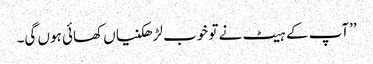
’’آپ کے ہیٹ نے تو خوب لڑھکنیاں کھائی ہوں گی۔